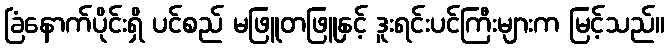
ခြံနောက်ပိုင်းရှိ ပင်စည် မဖြူတဖြူနှင့် ဒူးရင်းပင်ကြီးများက မြင့်သည်။